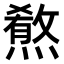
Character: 𤎦